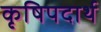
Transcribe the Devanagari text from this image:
कृषिपदार्थ